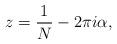
LaTeX: \begin{align*} z = \frac1N - 2 \pi i \alpha,\end{align*}